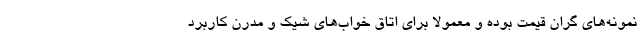
نمونه‌های گران قیمت بوده و معمولا برای اتاق خواب‌های شیک و مدرن کاربرد